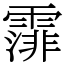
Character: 𩄼